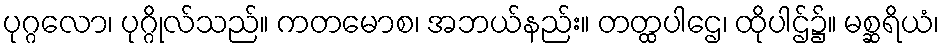
ပုဂ္ဂလော၊ ပုဂ္ဂိုလ်သည်။ ကတမောစ၊ အဘယ်နည်း။ တတ္ထပါဌေ၊ ထိုပါဌ်၌။ မစ္ဆရိယံ၊